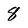
Character: 8